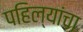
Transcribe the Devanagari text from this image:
पहिल्यांचा